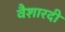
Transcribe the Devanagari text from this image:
वैशारदी